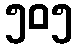
၅၀၅